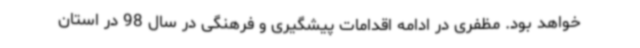
خواهد بود. مظفری در ادامه اقدامات پیشگیری و فرهنگی در سال 98 در استان